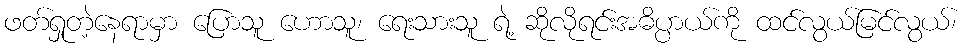
ဖတ်ရှုတဲ့နေရာမှာ ပြောသူ ဟောသူ၊ ရေးသားသူ ရဲ့ ဆိုလိုရင်းအဓိပ္ပာယ်ကို ထင်လွယ်မြင်လွယ်၊